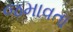
જમાવતા